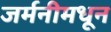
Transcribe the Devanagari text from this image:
जर्मनीमधून